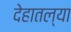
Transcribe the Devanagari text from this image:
देहातल्या